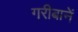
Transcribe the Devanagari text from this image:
गरीबानें